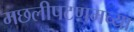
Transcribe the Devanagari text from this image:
मछलीपटणमच्या